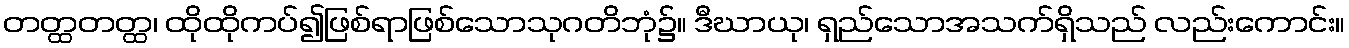
တတ္ထတတ္ထ၊ ထိုထိုကပ်၍ဖြစ်ရာဖြစ်သောသုဂတိဘုံ၌။ ဒီဃာယု၊ ရှည်သောအသက်ရှိသည် လည်းကောင်း။